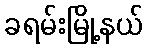
ခရမ်းမြို့နယ်